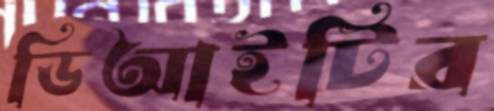
ডিআইটির